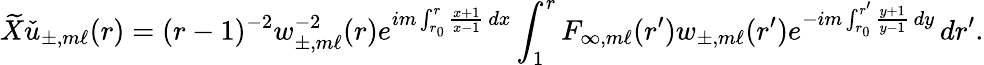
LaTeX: \widetilde{X}\check{u}_{\pm,m\ell}(r)=(r-1)^{-2}w_{\pm,m\ell}^{-2}(r)e^{im\int_{r_{0}}^{r}\frac{x+1}{x-1}\, dx}\int_{1}^{r}{F}_{\infty,m\ell}(r^{\prime})w_{\pm,m\ell}(r^{\prime})e^{-im\int_{r_{0}}^{r^{\prime}}\frac{y+1}{y-1}\, dy}\, dr^{\prime}.